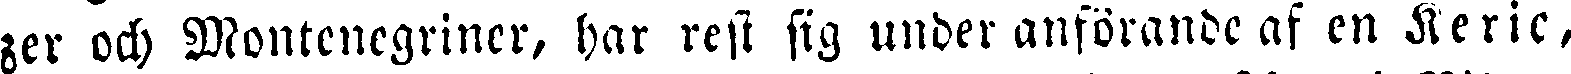
zer och Montenegriner, har rest sig under anförande af en Keric,